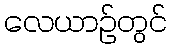
လေယာဉ်တွင်